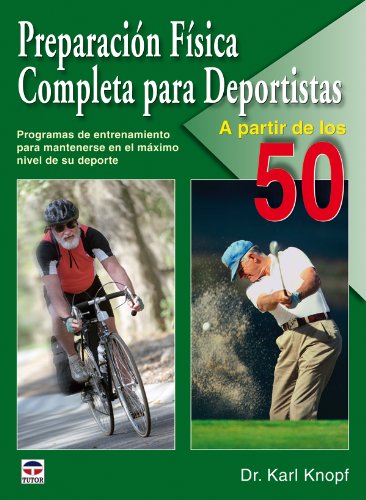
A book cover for Preparacion fisica para deportistas a partir de los 50 / Total Sports Conditioning for Athletes 50+: Programas de entrenamiento para mantenerse en el ... at the Top of Your Game (Spanish Edition); Karl Knopf; Health, Fitness & Dieting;